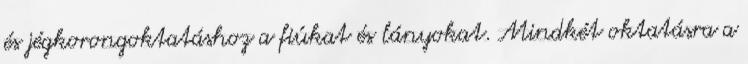
és jégkorongoktatáshoz a fiúkat és lányokat. Mindkét oktatásra a